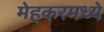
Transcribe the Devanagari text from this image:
मेहकरमध्ये